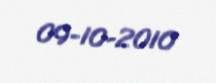
09-10-2010